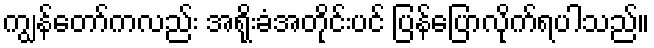
ကျွန်တော်ကလည်း အရိုးခံအတိုင်းပင် ပြန်ပြောလိုက်ရပါသည်။